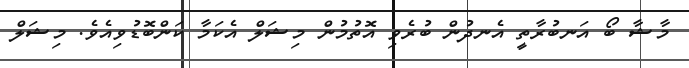
މާޝާ ބޯ އަނބުރާތީ އެނދުން ބުރެވި އޮތުމުން މިޝަލް އެކަމާ ކަންބޮޑުވިއެވެ. މިޝަލް